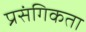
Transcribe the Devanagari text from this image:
प्रसंगिकता